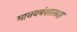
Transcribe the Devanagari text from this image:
मानववंशास्त्रज्ञ